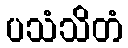
ပသံသိတံ